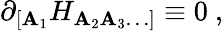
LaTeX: \partial_{[\mathbf{A}_{1}}H_{\mathbf{A}_{2}\mathbf{A}_{3}\ldots]}\equiv0\ ,